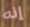
إنه